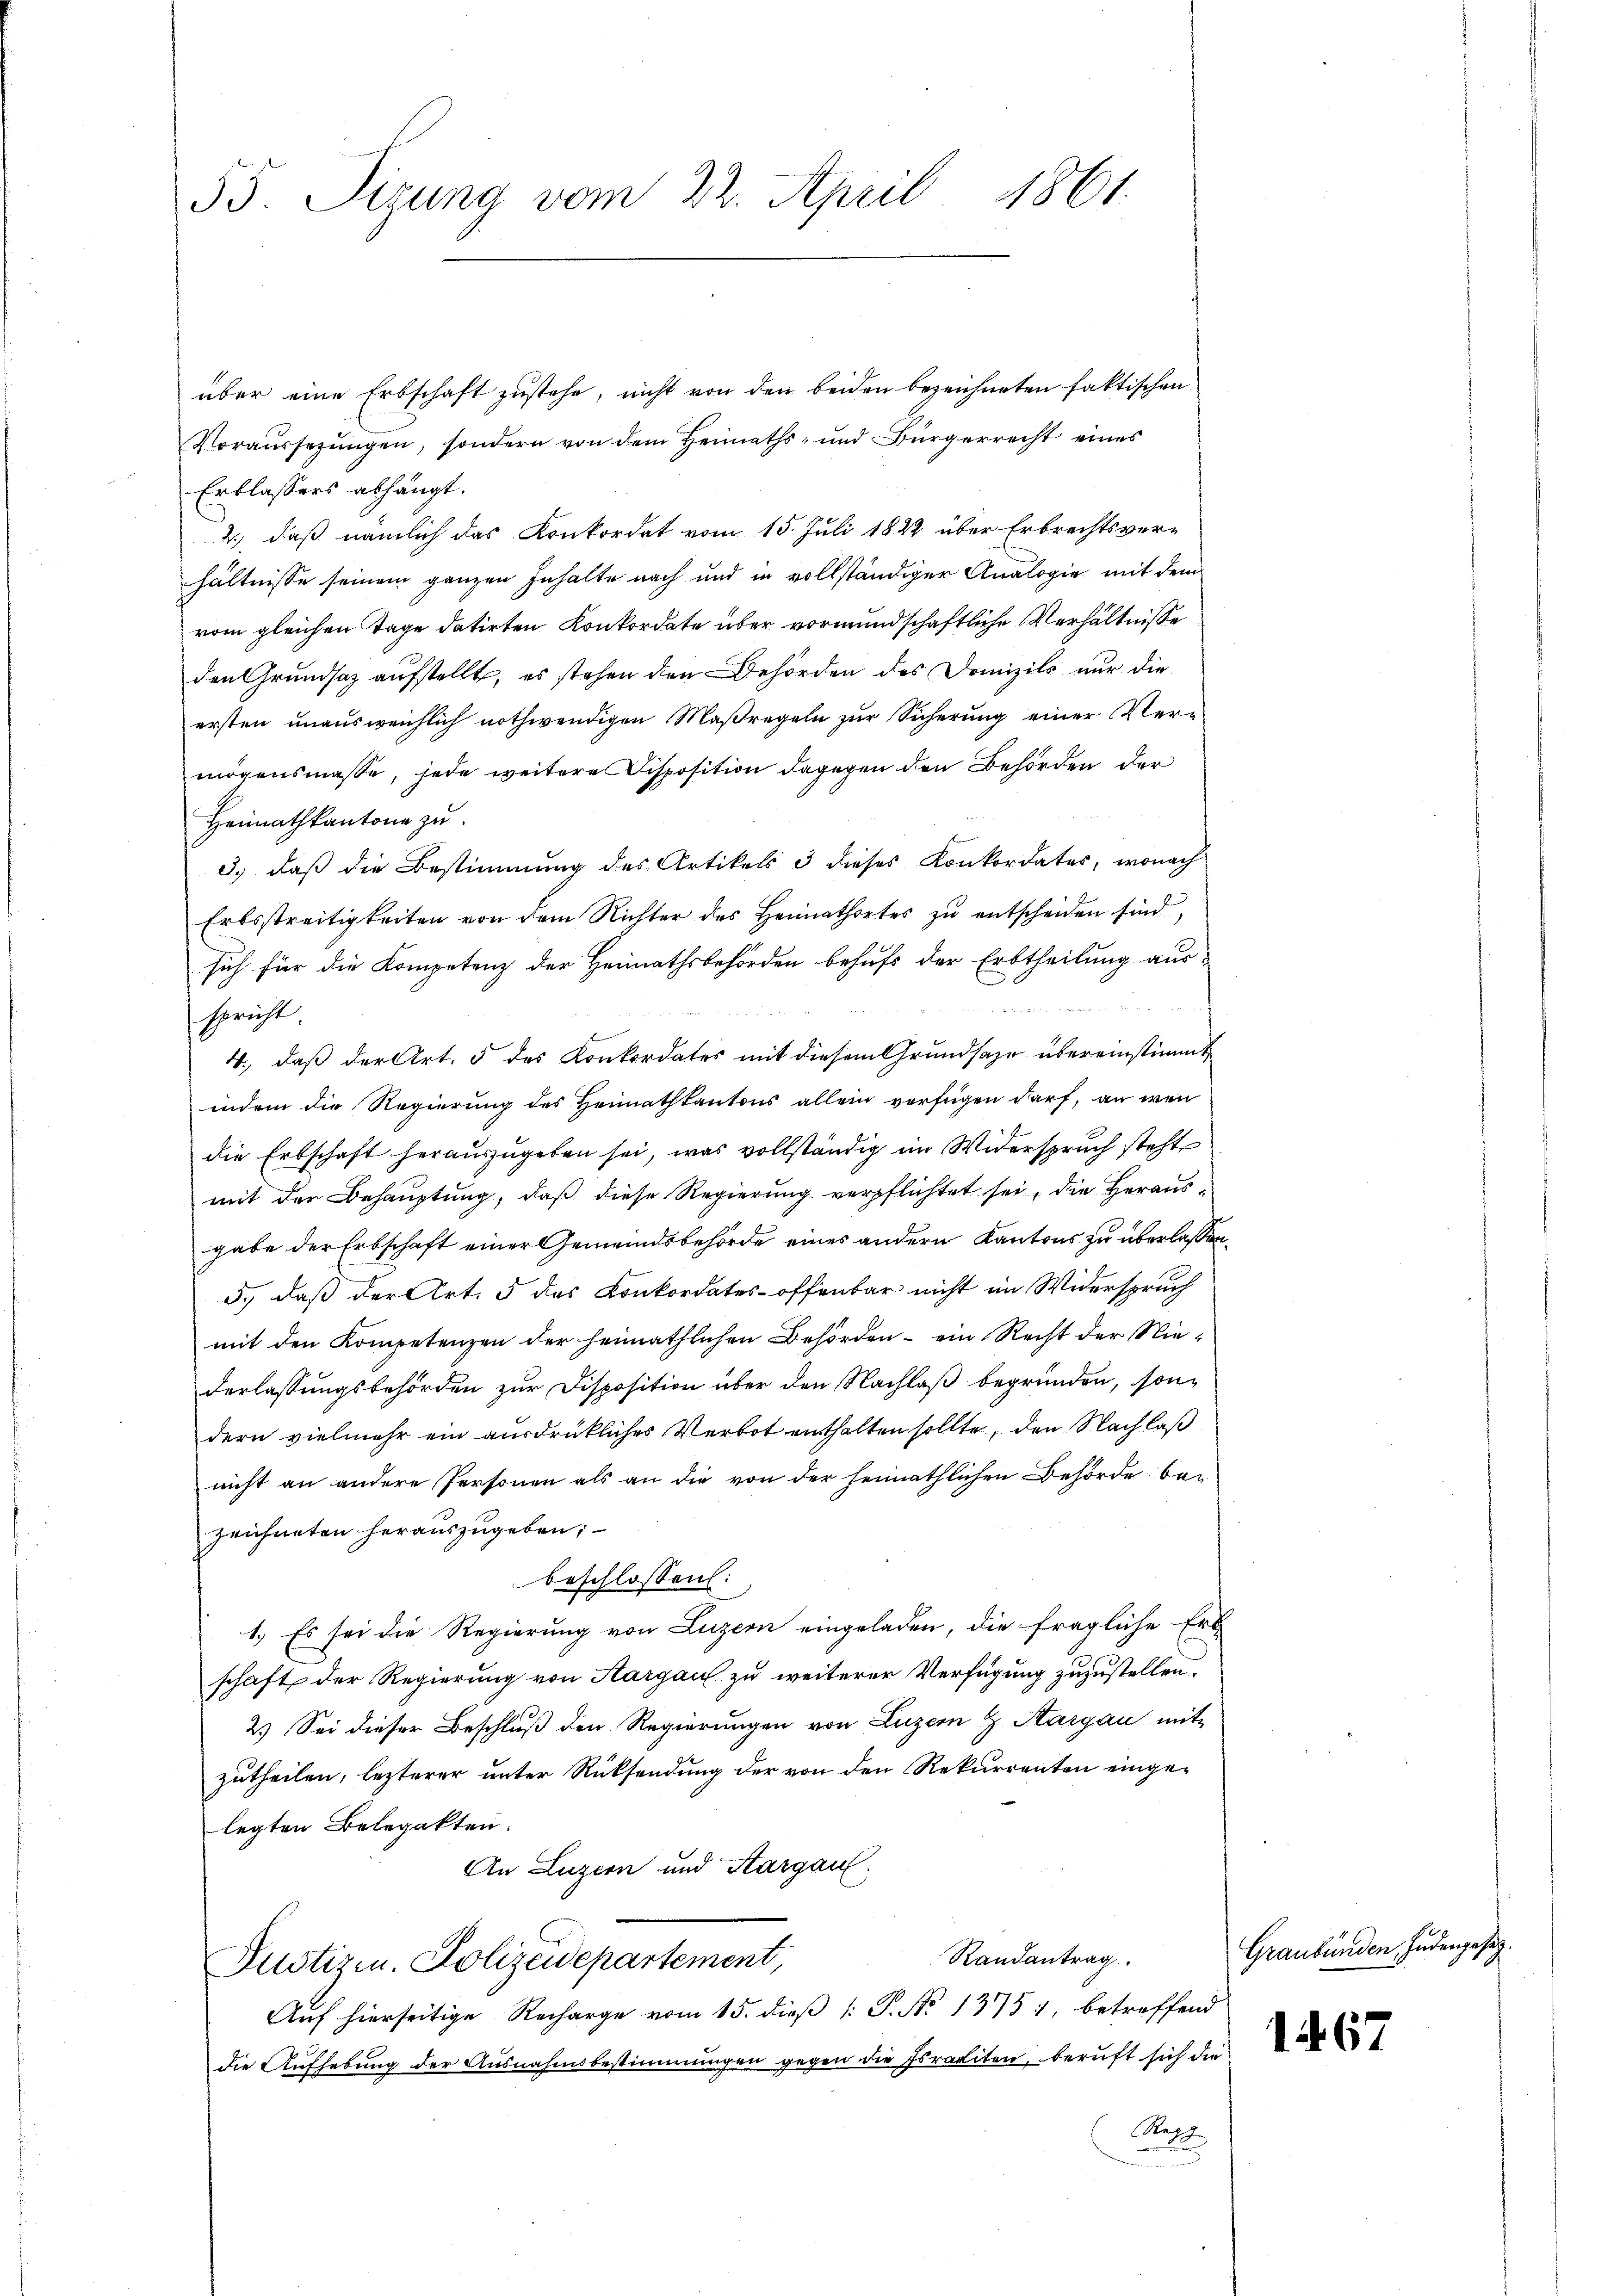
55. Tizung vom 22. April 1861.

über eine Erbschaft zustehe, nicht von den beiden bezeichneten faktischen
Voraussetzŭngen, sondern von dem Heimaths- und Bürgerrecht eines
Erblassers abhängt.
2.) daß nämlich das Konkordat vom 15. Juli 1822 über Erbrechtsver-
hältnisse seinem ganzen Inhalte nach und in vollständiger Analogie mit dem
vom gleichen Tage datirten Konkordate über vormundschaftliche Verhältnisse
den Grundsaz aufstellt, es stehen den Behörden des Domizils nur die
ersten unausweichlich nothwendigen Maßregeln zur Sicherung einer Vermögensmasse, jede weitere Disposition dagegen den Behörden der
Heimathkantone zu
3.) daß die Bestimmung des Artikels 3 dieses Konkordates, wonach
Erbsstreitigkeiten von dem Richter des Heimathortes zu entscheiden sind,
sich für die Kompetenz der Heimathsbehörden behufs der Erbtheilung aus-

spricht.
4., daß der Art. 5 des Konkordates mit diesem Grundsaze übereinstimmt
indem die Regierung des Heimathkantons allein verfügen darf, an wenn
die Erbschaft heraŭszŭgeben sei, was vollständig im Widerspruch steht
mit der Behauptung, daß diese Regierung verpflichtet sei, die Herausgabe der Erbschaft einer Gemeindsbehörde eines andern Kantons zu überlassen.
5., daß der Art. 5 des Konkordates offenbar nicht im Widerspruch
mit den Kompetenzen der heimathlichen Behörden - ein Recht der Niederlassungsbehörden zur Disposition über den Nachlaß begründen, sondern vielmehr ein ausdrückliches Verbot enthalten sollte, den Nach laß
nicht an andere Personen als an die von der heimathlichen Behörde bezeichneten herauszugeben;
beschlossen:
1.) Es sei die Regierung von Luzern eingeladen, die fragliche Ert
schaft der Regierung von Aargau zu weiterer Verfügung zuzustellen.
2.) Sei dieser Beschluß den Regierungen von Luzern & Sargau mit
zutheilen, lezterer unter Rücksendung der von den Rekurrenten eingelegten Belegakten.
An Luzern und Aargau:
Randantrag
Justizen. Polizeidepartement,
Auf hierseitige Recharge vom 15. dieß [: P. No 1375), betreffend
die Aufhebung der Ausnahmsbestimmungen gegen die Israeliten, beruft sich die
Rett

Graubünden Judenzustiz.

1. 67